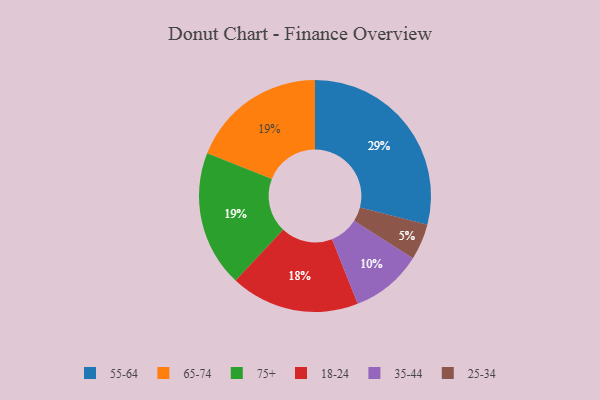
{"axis": {"x": "Category", "y": "Percentage"}, "legend": ["18-24", "25-34", "35-44", "55-64", "65-74", "75+"], "data": [{"x": "25-34", "y": 5, "type": "25-34"}, {"x": "65-74", "y": 19, "type": "65-74"}, {"x": "55-64", "y": 29, "type": "55-64"}, {"x": "18-24", "y": 18, "type": "18-24"}, {"x": "35-44", "y": 10, "type": "35-44"}, {"x": "75+", "y": 19, "type": "75+"}]}